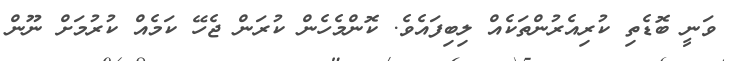
ވަނީ ބޮޑެތި ކުރިއެރުންތަކެއް ލިބިފައެވެ. ކޮންމެހެން ކުރަން ޖެހޭ ކަމެއް ކުރުމަށް ނޫން